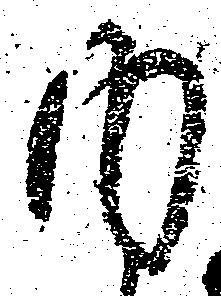
内